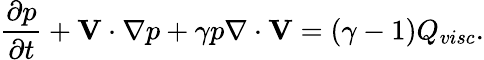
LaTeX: \frac{\partial p}{\partial t}+\mathbf{V}\cdot\nabla p+\gamma p\nabla\cdot\mathbf{V}=(\gamma-1)Q_{visc}.